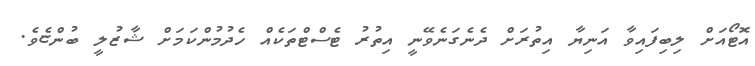
އޮޓޯއަށް ލިބިފައިވާ އަނިޔާ އިތުރަށް ދެނެގަނެވޭނީ އިތުރު ޓެސްޓްތަކެއް ހެދުމުންކަމަށް ޝާޒުލީ ބުންޏެވެ.